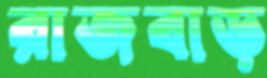
রাজবাড়